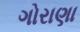
ગોરાણા